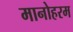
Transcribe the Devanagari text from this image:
मानोहरम